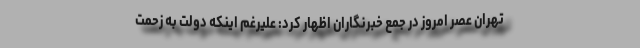
تهران عصر امروز در جمع خبرنگاران اظهار کرد: علیرغم اینکه دولت به زحمت